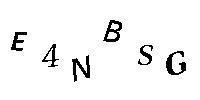
E4NBSG